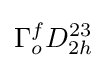
\Gamma _{o}^{f}D_{2h}^{23}